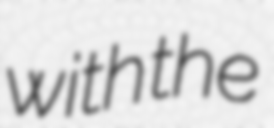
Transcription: with the